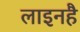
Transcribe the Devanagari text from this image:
लाइनहै